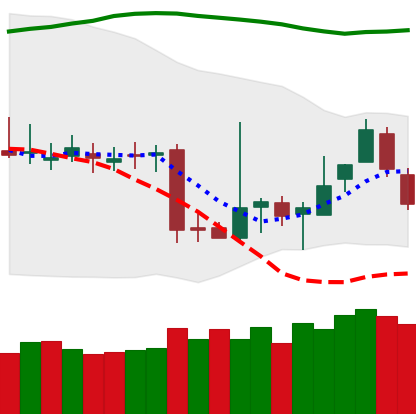
Ticker: BTC-USD
Chart end date: 2018-11-09
Forward return: -10.136%
Label: down_7plus